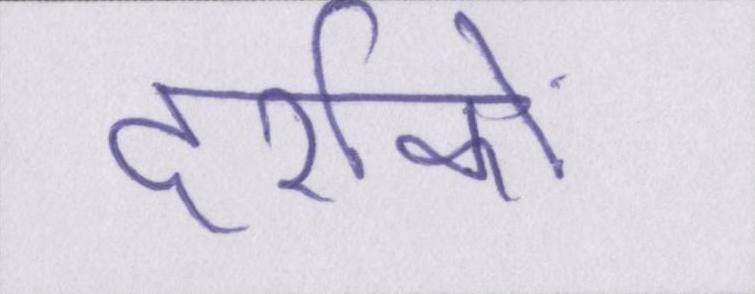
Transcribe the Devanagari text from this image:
दर्शकों